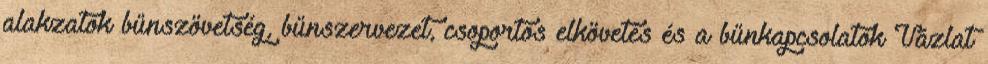
alakzatok bűnszövetség, bűnszervezet, csoportos elkövetés és a bűnkapcsolatok Vázlat